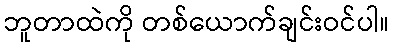
ဘူတာထဲကို တစ်ယောက်ချင်းဝင်ပါ။